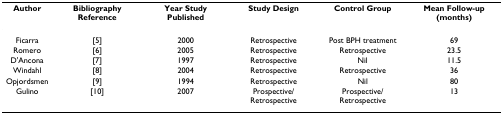
| Author | Bibliography Reference | Year Study Published | Study Design | Control Group | Mean Follow-up (months) |
 | --- | --- | --- | --- | --- | --- |
 | Ficarra | [5] | 2000 | Retrospective | Post BPH treatment | 69 |
 | Romero | [6] | 2005 | Retrospective | Retrospective | 23.5 |
 | D'Ancona | [7] | 1997 | Retrospective | Nil | 11.5 |
 | Windahl | [8] | 2004 | Retrospective | Retrospective | 36 |
 | Opjordsmen | [9] | 1994 | Retrospective | Nil | 80 |
 | Gulino | [10] | 2007 | Prospective/Retrospective | Prospective/Retrospective | 13 |